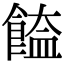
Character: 𩝉